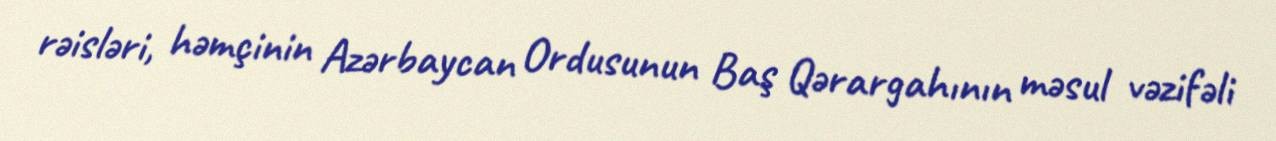
rəisləri, həmçinin Azərbaycan Ordusunun Baş Qərargahının məsul vəzifəli